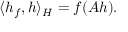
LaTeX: \langle h _ { f } , h \rangle _ { H } = f ( A h ) .